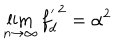
\lim _ { n \rightarrow \infty } { f _ { d } ^ { ' } } ^ { 2 } = \alpha ^ { 2 }